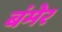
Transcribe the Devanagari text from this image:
बंमेर